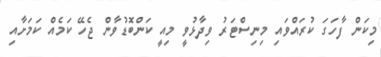
މިކަން ފާހަގަ ކުރައްވައި މިނިސްޓަރު ވިދާޅުވީ މިއީ ކަންބޮޑުވާން ޖެހޭ ކަމެއް ކަމަށާއި